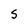
Character: S